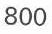
800